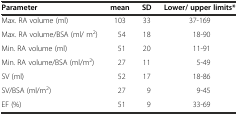
| Parameter | mean | SD | Lower/ upper limits* |
 | --- | --- | --- | --- |
 | Max. RA volume (ml) | 103 | 33 | 37-169 |
 | Max. RA volume/BSA (ml/ m2) | 54 | 18 | 18-90 |
 | Min. RA volume (ml) | 51 | 20 | 11-91 |
 | Min. RA volume/BSA (ml/m2) | 27 | 11 | 5-49 |
 | SV (ml) | 52 | 17 | 18-86 |
 | SV/BSA (ml/m2) | 27 | 9 | 9-45 |
 | EF (%) | 51 | 9 | 33-69 |